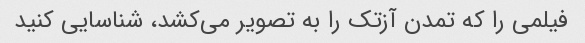
فیلمی را که تمدن آزتک را به تصویر می‌کشد، شناسایی کنید